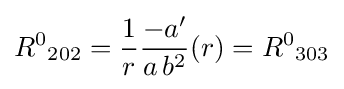
{R^{0}}_{202}={\frac {1}{r}}{\frac {-a'}{a\,b^{2}}}(r)={R^{0}}_{303}